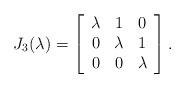
LaTeX: \begin{align*}J_3(\lambda) = \left[\begin{array}{ccc} \lambda & 1 & 0\\ 0 & \lambda &1 \\ 0 & 0 & \lambda\end{array}\right].\end{align*}